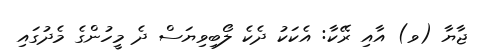
ޖާޔާ (ވ) އާއި ރޭކާ: އެކަކު ދެކެ ލޯބިވިޔަސް ދެ މީހުންގެ މެދުގައި